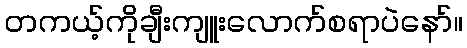
တကယ့်ကိုချီးကျူးလောက်စရာပဲနော်။